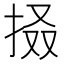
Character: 𢬏